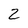
Character: 2